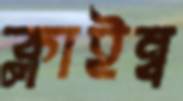
ক্লাইম্ব